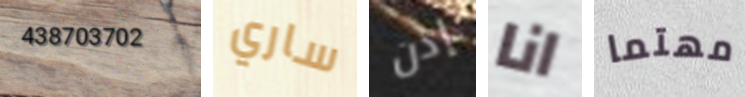
438703702 ساري إذن انا مهتما